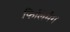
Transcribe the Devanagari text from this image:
फिलिमैग